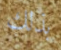
بذلك